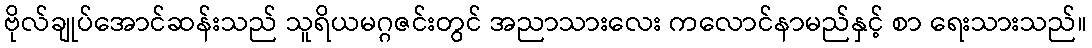
ဗိုလ်ချုပ်အောင်ဆန်းသည် သူရိယမဂ္ဂဇင်းတွင် အညာသားလေး ကလောင်နာမည်နှင့် စာ ရေးသားသည်။